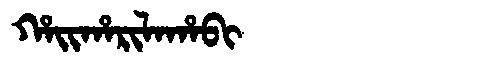
Manchu: ᡥᠠᡳᡥᠠᡵᡳᠯᠠᡥᠠᠪᡳ
Romanization: HAIHARILAHABI